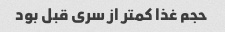
حجم غذا کمتر از سری قبل بود